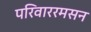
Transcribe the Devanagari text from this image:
परिवाररमसन